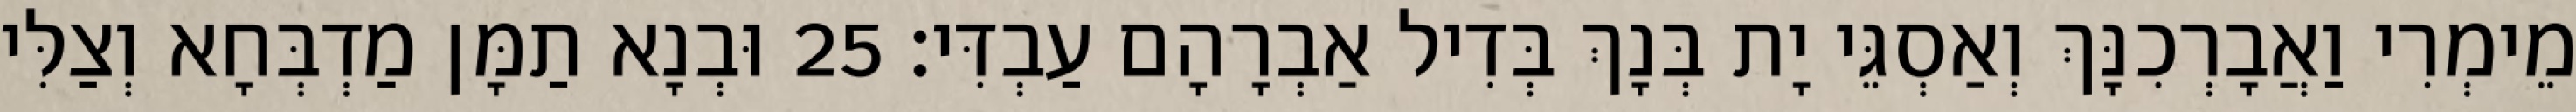
מֵימְרִי וַאֲבָרְכִנָּךְ וְאַסְגֵּי יָת בְּנָךְ בְּדִיל אַבְרָהָם עַבְדִּי׃ 25 וּבְנָא תַמָּן מַדְבְּחָא וְצַלִּי